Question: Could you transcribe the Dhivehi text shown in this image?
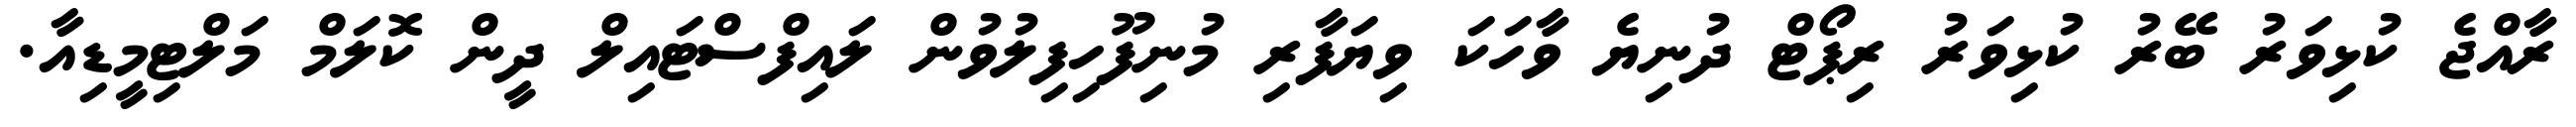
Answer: ރާއްޖެ ކުޅިވަރު ބޭރު ކުޅިވަރު ރިޕޯޓް ދުނިޔެ ވާހަކަ ވިޔަފާރި މުނިފޫހިފިލުވުން ލައިފްސްޓައިލް ދީން ކޮލަމް މަލްޓިމީޑިއާ.